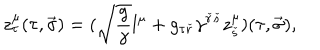
z _ { \tau } ^ { \mu } ( \tau , \vec { \sigma } ) = ( \sqrt { { \frac { g } { \gamma } } } l ^ { \mu } + g _ { \tau { \check { r } } } \gamma ^ { { \check { r } } { \check { s } } } z _ { \check { s } } ^ { \mu } ) ( \tau , \vec { \sigma } ) ,